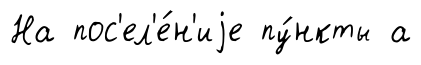
На пос'ел'е́н'иjе пу́нкты а